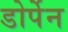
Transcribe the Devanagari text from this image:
डोर्पेन